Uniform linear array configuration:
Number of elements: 32
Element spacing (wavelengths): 0.75
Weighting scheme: hamming
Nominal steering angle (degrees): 60
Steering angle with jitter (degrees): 60.779
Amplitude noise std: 0.05
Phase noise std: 0.05

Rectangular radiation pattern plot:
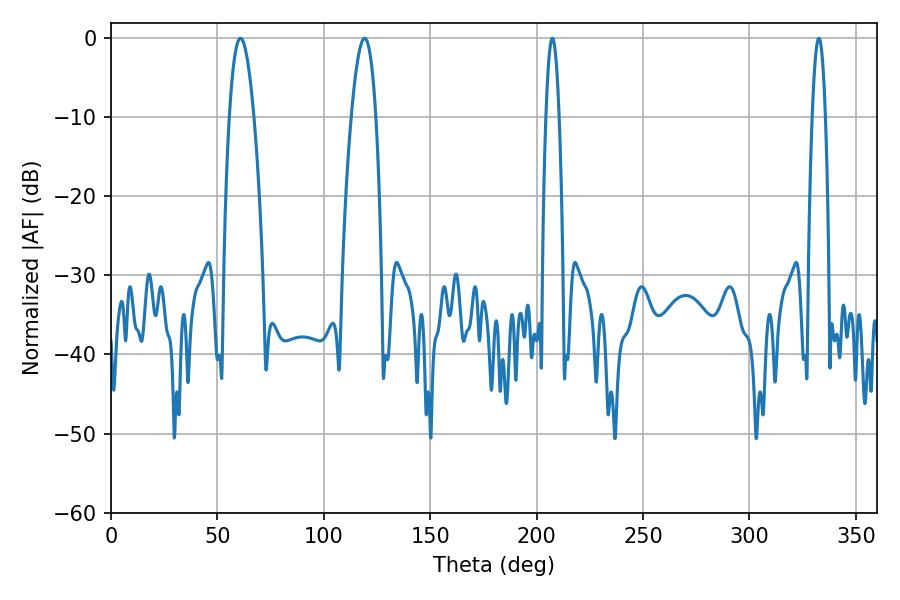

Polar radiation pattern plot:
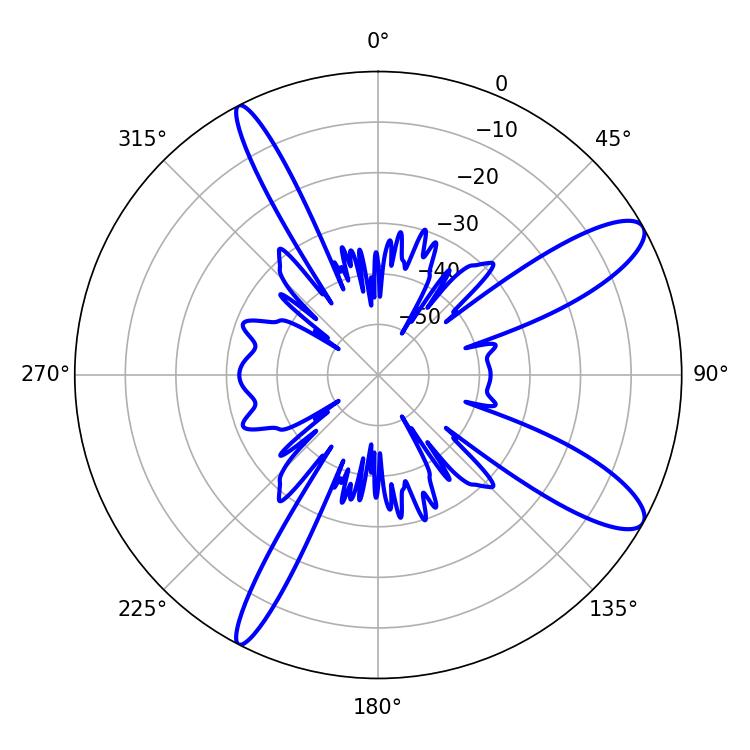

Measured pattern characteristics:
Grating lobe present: TRUE
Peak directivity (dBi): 11.275
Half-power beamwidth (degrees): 6.3
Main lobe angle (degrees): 60.84